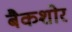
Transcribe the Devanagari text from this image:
बैकशोर